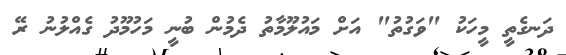
ދަނގެތީ މީހަކު "ވަގުތު" އަށް މައުލޫމާތު ދެމުން ބުނީ މަހުމޫދު ގެއްލުނު ރޭ